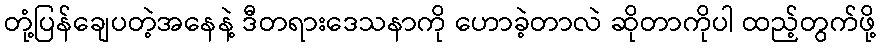
တုံ့ပြန်ချေပတဲ့အနေနဲ့ ဒီတရားဒေသနာကို ဟောခဲ့တာလဲ ဆိုတာကိုပါ ထည့်တွက်ဖို့